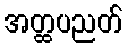
အတ္ထပညတ်